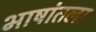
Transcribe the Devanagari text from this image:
भाषांतला